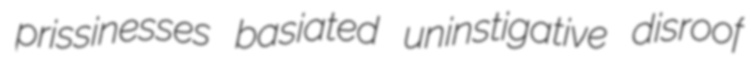
prissinesses basiated uninstigative disroof